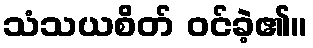
သံသယစိတ် ဝင်ခဲ့၏။